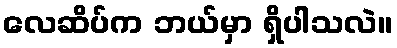
လေဆိပ်က ဘယ်မှာ ရှိပါသလဲ။